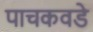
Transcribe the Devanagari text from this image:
पाचकवडे